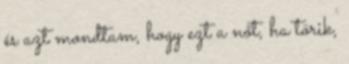
és azt mondtam, hogy ezt a nőt, ha törik,